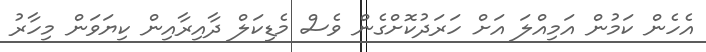
އެހެން ކަމުން އަމިއްލަ އަށް ހަރަދުކޮށްގެން ވެސް މެޑިކަލް ދާއިރާއިން ކިޔަވަން މިހާރު